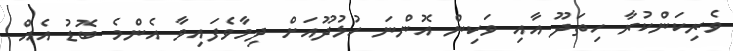
ވެރިކަންކުރާ ހިތަދޫ އާއި ވަކިން އޮންނަ ހުޅުދޫއަށް ދިމާވެފައިވާ އެންމެ ބޮޑު އެއް